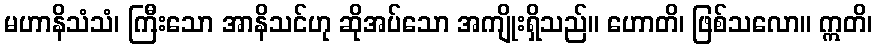
မဟာနိသံသံ၊ ကြီးသော အာနိသင်ဟု ဆိုအပ်သော အကျိုးရှိသည်။ ဟောတိ၊ ဖြစ်သလော။ ဣတိ၊